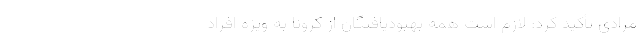
مرادی تأکید کرد: لازم است همه بهبودیافتگان از کرونا به ویژه افراد